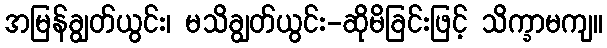
အမြန်ချွတ်ယွင်း၊ မသိချွတ်ယွင်း-ဆိုမိခြင်းဖြင့် သိက္ခာမကျ။